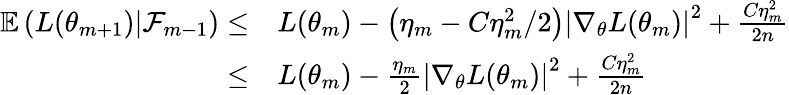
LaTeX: \begin{array}{rl}{\mathbb{E}\left(L(\theta_{m+1})|\mathcal{F}_{m-1}\right)\leq}&{L(\theta_{m})-\left(\eta_{m}-C\eta_{m}^{2}/2\right)\left|\nabla_{\theta}L(\theta_{m})\right|^{2}+\frac{C\eta_{m}^{2}}{2n}}\\ {\leq}&{L(\theta_{m})-\frac{\eta_{m}}{2}\left|\nabla_{\theta}L(\theta_{m})\right|^{2}+\frac{C\eta_{m}^{2}}{2n}}\end{array}